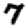
Digit: 7